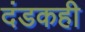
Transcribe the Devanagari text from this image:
दंडकही